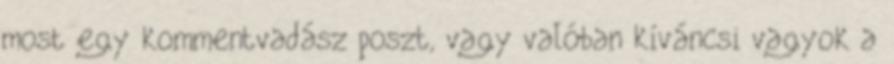
most egy kommentvadász poszt, vagy valóban kíváncsi vagyok a